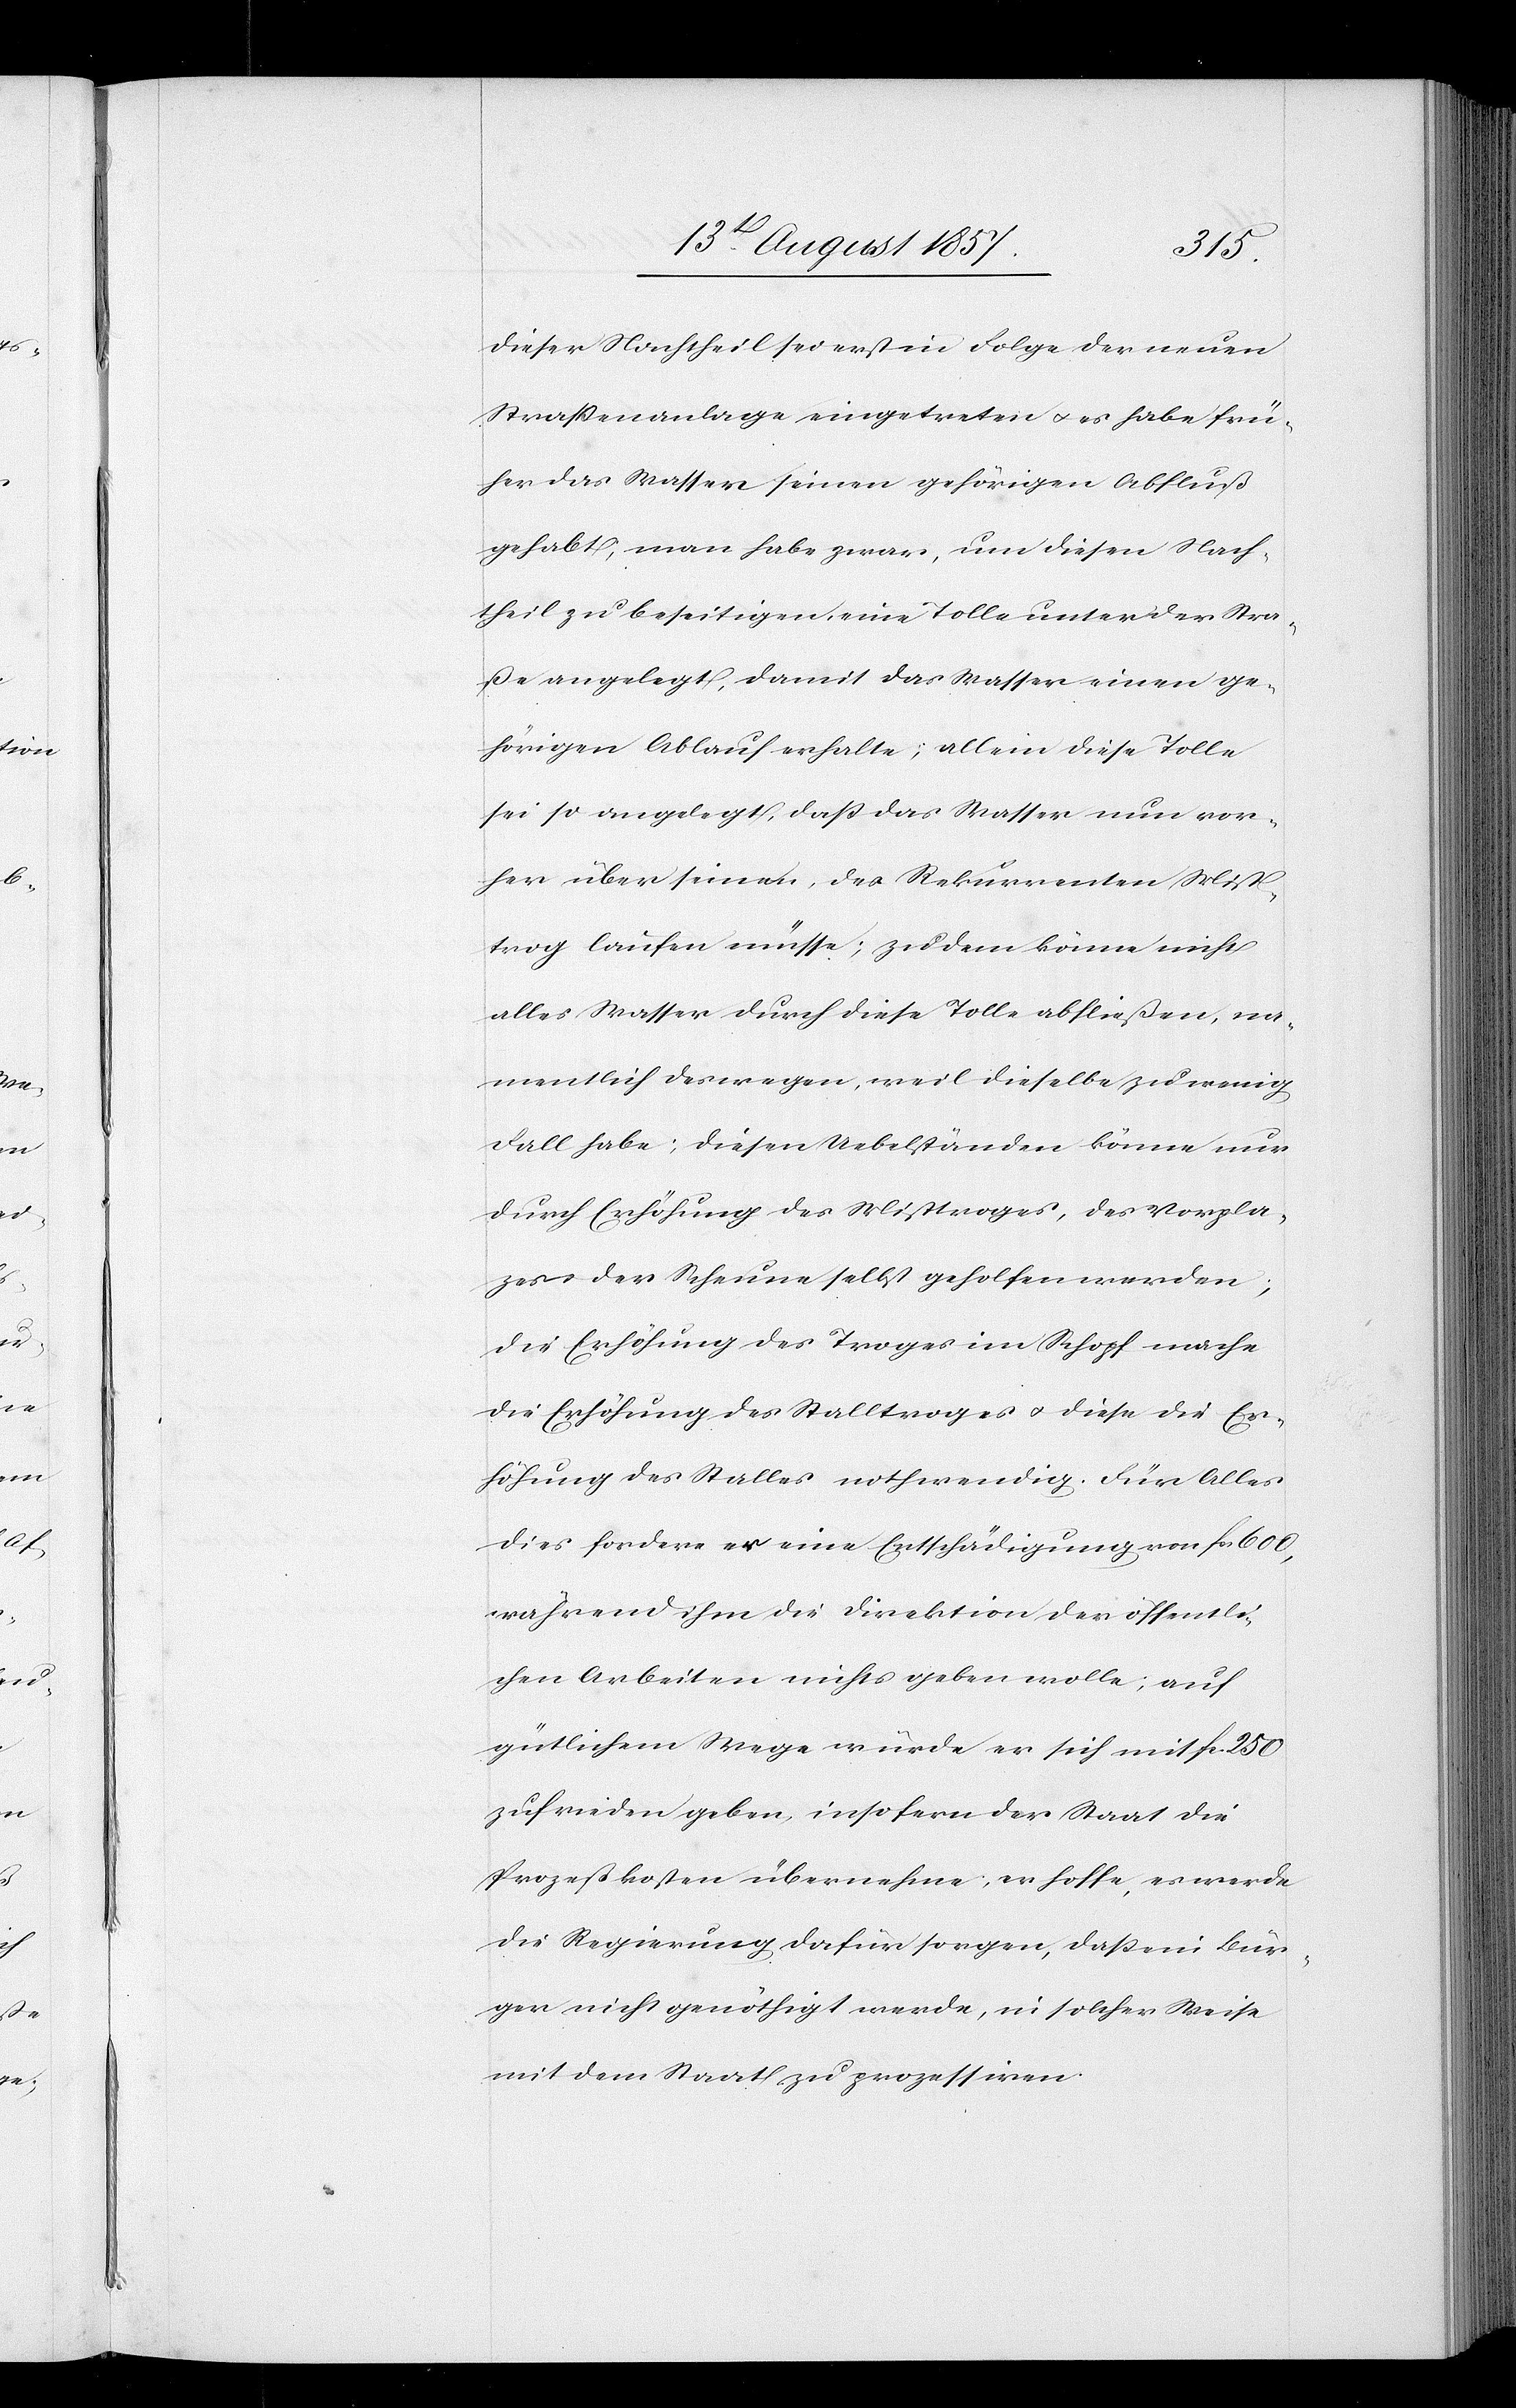
dieser Nachtheil sei erst in Folge der neuen
Straßenanlage eingetreten & es habe frü¬
her das Wasser seinen gehörigen Abfluß
gehabt, man habe zwar, um diesen Nach¬
theil zu beseitigen, eine Tolle unter der Stra¬
ße angelegt, damit das Wasser einen ge¬
hörigen Ablauf erhalte; allein diese Tolle
sei so angelegt, daß das Wasser nun vor¬
her über seinen, des Rekurrenten Mist¬
trog laufen müsse; zu dem könne nicht
alles Wasser durch diese Tolle abfließen, na¬
mentlich deswegen, weil dieselbe zu wenig
Fall habe; diesen Uebelständen könne nur
durch Erhöhung des Misttroges, des Vorplat¬
zes der Scheune selbst geholfen werden;
die Erhöhung des Troges im Schopf mache
die Erhöhung des Stalltroges & diese die Er¬
höhung des Stalles nothwendig. Für Alles
dies fordere er eine Entschädigung von fcs 600,
während ihm die Direktion der öffentli¬
chen Arbeiten nichts geben wolle; auf
gütlichem Wege würde er sich mit fcs 250
zufrieden geben, insofern der Staat die
Prozeßkosten übernehme, er hoffe, es werde
die Regierung dafür sorgen, daß ein Bür¬
ger nicht genöthigt werde, in solcher Weise
mit dem Staat zu prozessiren.